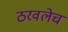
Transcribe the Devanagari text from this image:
ठरवलेच